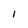
Character: 1